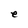
Character: e